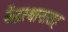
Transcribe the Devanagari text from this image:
केंद्रस्थानासह